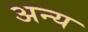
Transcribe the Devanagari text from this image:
अन्य